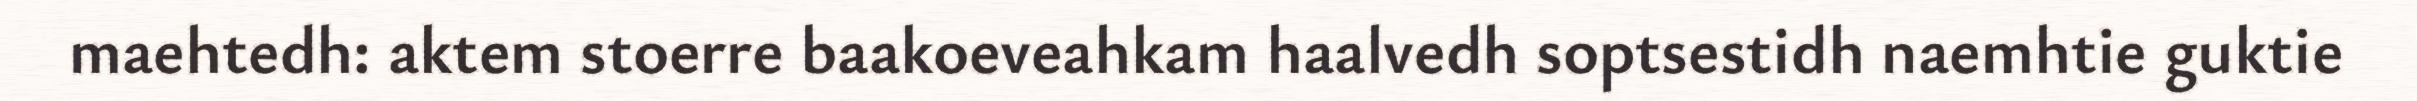
maehtedh: aktem stoerre baakoeveahkam haalvedh soptsestidh naemhtie guktie